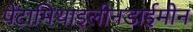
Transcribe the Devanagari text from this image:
पेंटामिथाइलीनडाईमीन